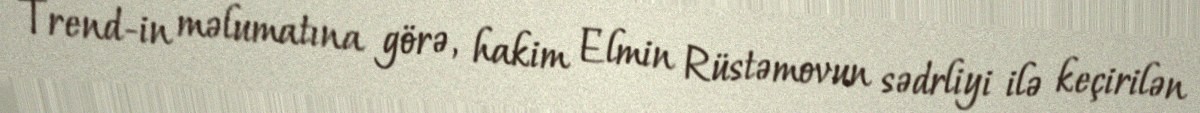
Trend-in məlumatına görə, hakim Elmin Rüstəmovun sədrliyi ilə keçirilən